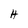
Character: H